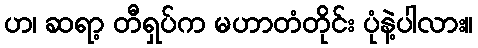
ဟ၊ ဆရာ့ တီရှပ်က မဟာတံတိုင်း ပုံနဲ့ပါလား။